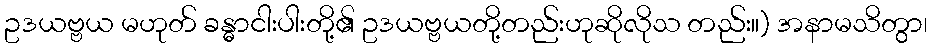
ဥဒယဗ္ဗယ မဟုတ် ခန္ဓာငါးပါးတို့၏ ဥဒယဗ္ဗယတို့တည်းဟုဆိုလိုသ တည်း။) အနာမသိတွာ၊